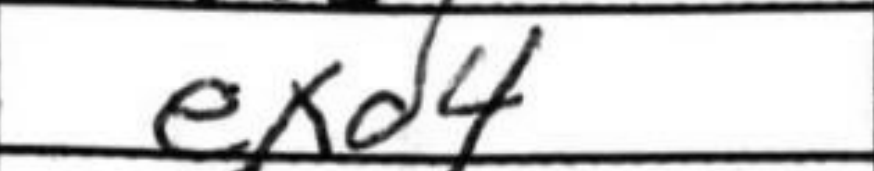
Transcription: exd4